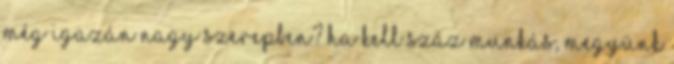
még igazán nagy szerepben? Ha kell száz munkás, megyünk